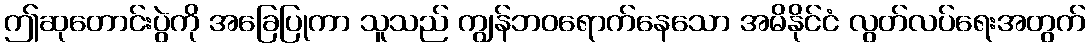
ဤဆုတောင်းပွဲကို အခြေပြုကာ သူသည် ကျွန်ဘဝရောက်နေသော အမိနိုင်ငံ လွတ်လပ်ရေးအတွက်